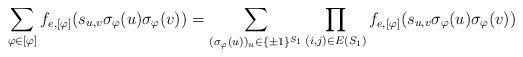
LaTeX: \begin{align*}\sum_{\varphi\in [\varphi]}f_{e,[\varphi]}(s_{u,v}\sigma_{\varphi}(u)\sigma_{\varphi}(v))=\sum_{(\sigma_{\varphi}(u))_u\in \{\pm 1\}^{S_1}}\prod_{(i,j)\in E(S_1)}f_{e,[\varphi]}(s_{u,v}\sigma_{\varphi}(u)\sigma_{\varphi}(v))\end{align*}